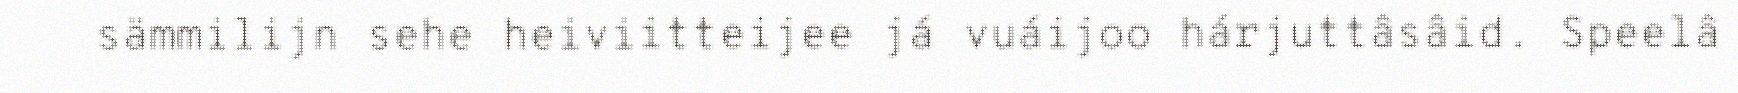
sämmilijn sehe heiviitteijee já vuáijoo hárjuttâsâid. Speelâ